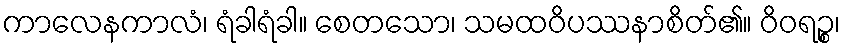
ကာလေနကာလံ၊ ရံခါရံခါ။ စေတသော၊ သမထဝိပဿနာစိတ်၏။ ဝိဝရဉ္စ၊